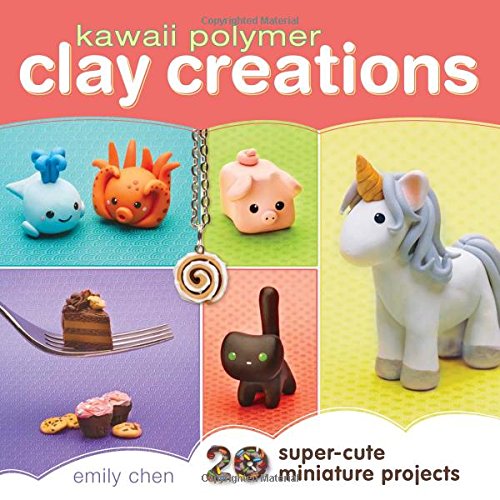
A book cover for Kawaii Polymer Clay Creations: 20 Super-Cute Miniature Projects; Emily Chen; Crafts, Hobbies & Home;